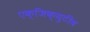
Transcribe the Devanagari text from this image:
एक्जिक्युटीव